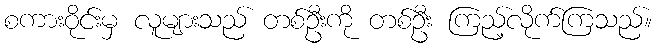
စကားဝိုင်းမှ လူများသည် တစ်ဦးကို တစ်ဦး ကြည့်လိုက်ကြသည်။